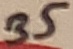
Text: 35